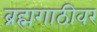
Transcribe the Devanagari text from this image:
ब्रह्मगाठीवर